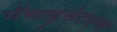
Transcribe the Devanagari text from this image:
मॅसाचुसेट्सच्या